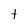
Character: t